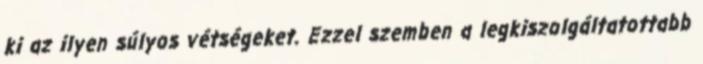
ki az ilyen súlyos vétségeket. Ezzel szemben a legkiszolgáltatottabb